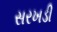
સરખડી